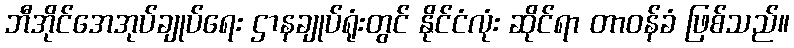
ဘီအိုင်အေအုပ်ချုပ်ရေး ဌာနချုပ်ရုံးတွင် နိုင်ငံလုံး ဆိုင်ရာ တာဝန်ခံ ဖြစ်သည်။